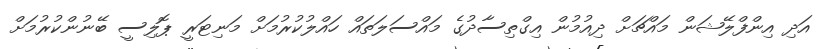
އަދި އިންފްލޭޝަން މައްޗަށް ދިއުމުން އިގްތިސާދުގެ މައްސަލަތައް ހައްލުކުރުމަށް މަނިޓަރީ ޕޮލިސީ ބޭނުންކުރުމަށް